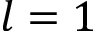
l = 1